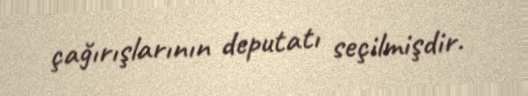
çağırışlarının deputatı seçilmişdir.